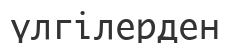
үлгілерден